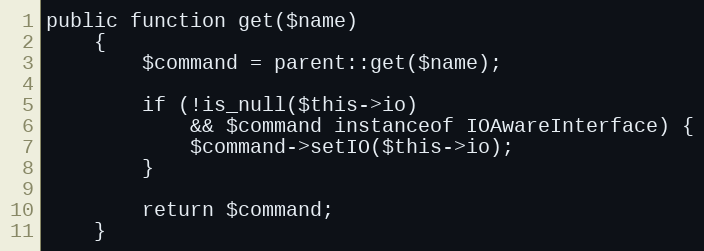
Language: PHP
public function get($name)
    {
        $command = parent::get($name);

        if (!is_null($this->io)
            && $command instanceof IOAwareInterface) {
            $command->setIO($this->io);
        }

        return $command;
    }